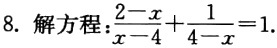
8. 解方程：$\frac{2 - x}{x - 4}+\frac{1}{4 - x}=1.$